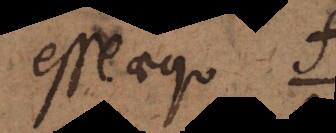
esse aequ..